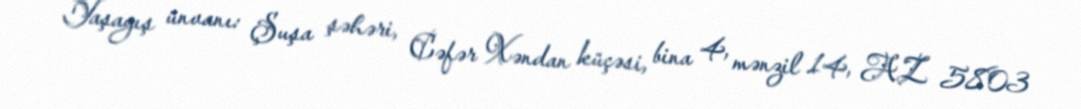
Yaşayış ünvanı: Şuşa şəhəri, Cəfər Xəndan küçəsi, bina 4, mənzil 14, AZ 5803